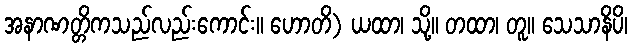
အနာဏတ္တိကသည်လည်းကောင်း။ ဟောတိ) ယထာ၊ သို့။ တထာ၊ တူ။ သေသာနိပိ၊